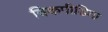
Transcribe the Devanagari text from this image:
विकपीडिया